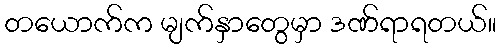
တယောက်က မျက်နှာတွေမှာ ဒဏ်ရာရတယ်။